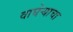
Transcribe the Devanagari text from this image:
वाघेऱ्याचा